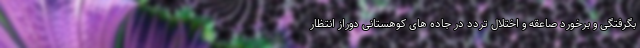
بگرفتگی و برخورد صاعقه و اختلال تردد در جاده های کوهستانی دوراز انتظار